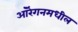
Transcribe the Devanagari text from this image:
ऑरेगनमधील